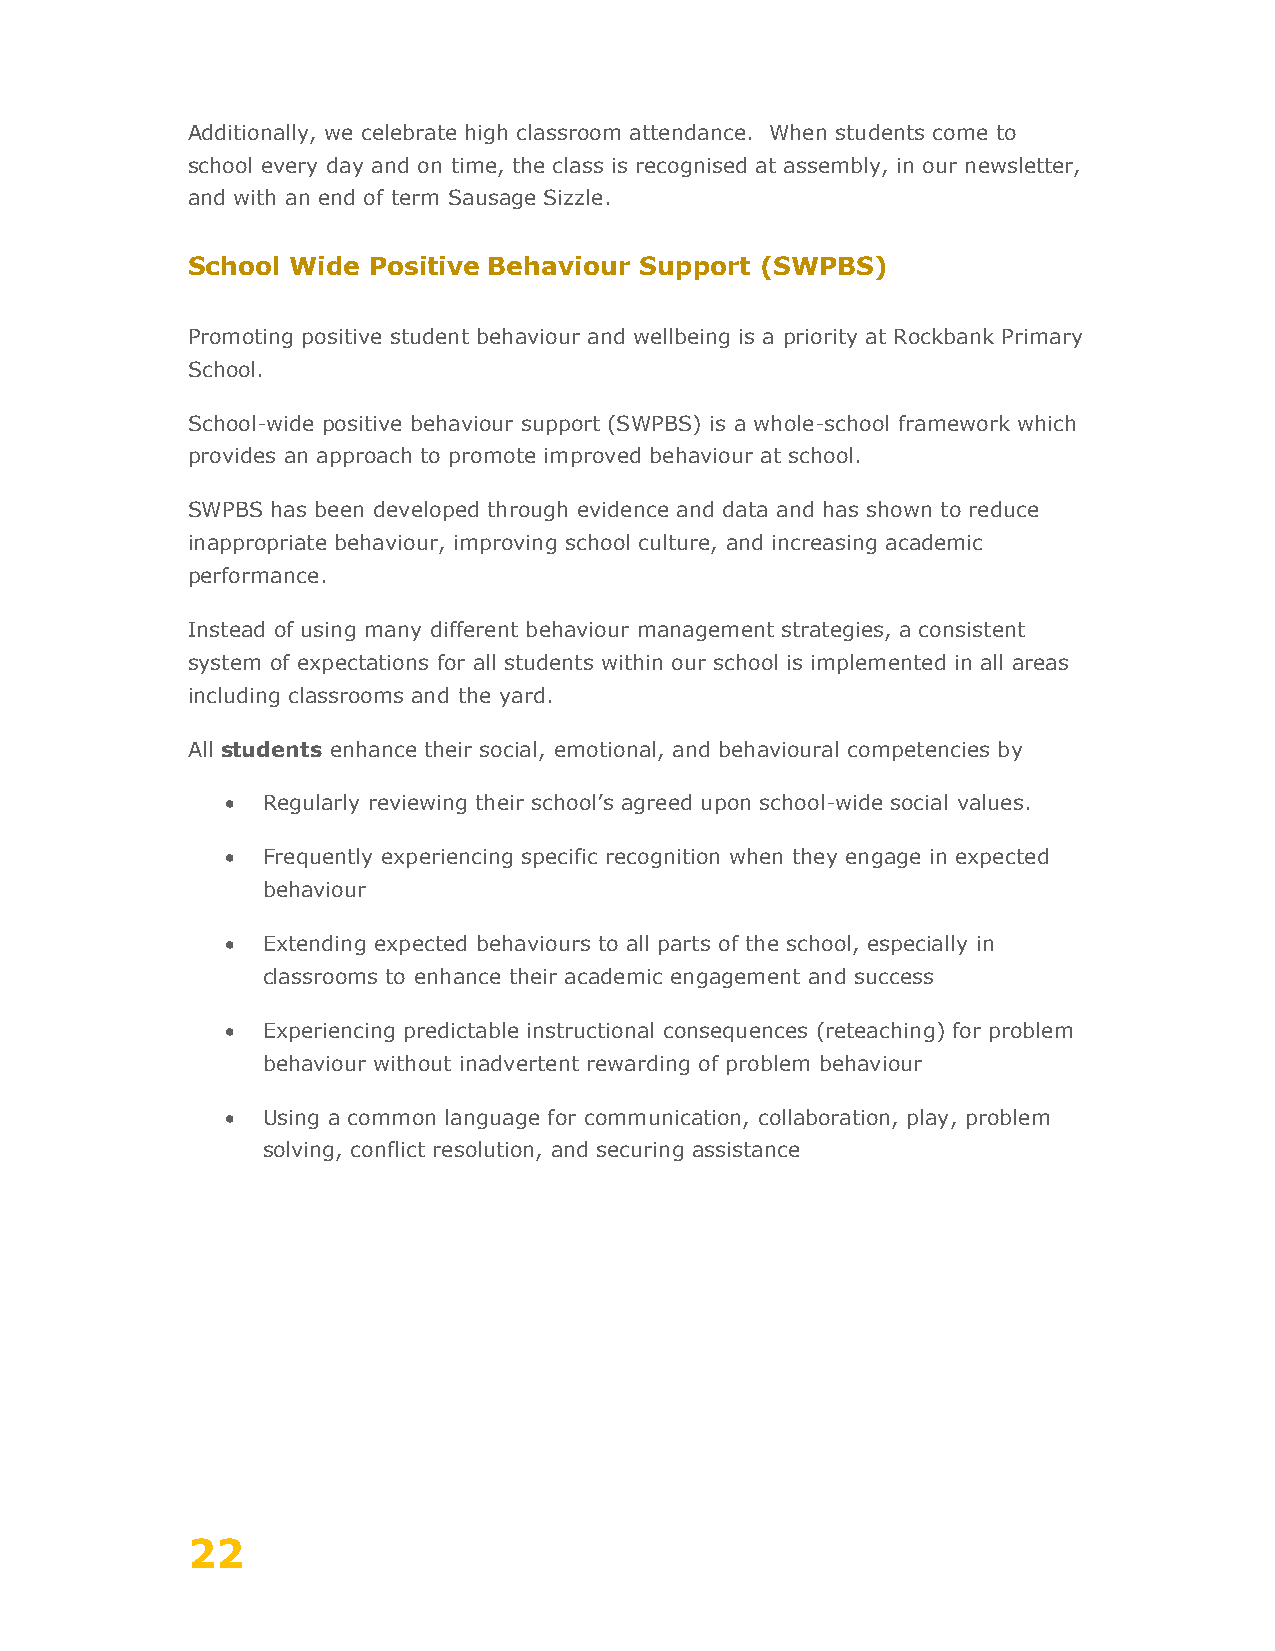
Additionally, we celebrate high classroom attendance. When students come to
 school every day and on time, the class is recognised at assembly, in our newsletter,
 and with an end of term Sausage Sizzle.
 School Wide Positive Behaviour Support (SWPBS)
 Promoting positive student behaviour and wellbeing is a priority at Rockbank Primary
 School.
 School-wide positive behaviour support (SWPBS) is a whole-school framework which
 provides an approach to promote improved behaviour at school.
 SWPBS has been developed through evidence and data and has shown to reduce
 inappropriate behaviour, improving school culture, and increasing academic
 performance.
 Instead of using many different behaviour management strategies, a consistent
 system of expectations for all students within our school is implemented in all areas
 including classrooms and the yard.
 All students enhance their social, emotional, and behavioural competencies by
 • Regularly reviewing their school’s agreed upon school-wide social values.
 • Frequently experiencing specific recognition when they engage in expected
 behaviour
 • Extending expected behaviours to all parts of the school, especially in
 classrooms to enhance their academic engagement and success
 • Experiencing predictable instructional consequences (reteaching) for problem
 behaviour without inadvertent rewarding of problem behaviour
 • Using a common language for communication, collaboration, play, problem
 solving, conflict resolution, and securing assistance
 22